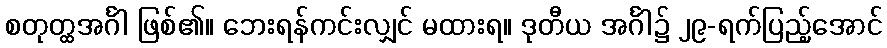
စတုတ္ထအင်္ဂါ ဖြစ်၏။ ဘေးရန်ကင်းလျှင် မထားရ။ ဒုတီယ အင်္ဂါ၌ ၂၉-ရက်ပြည့်အောင်